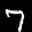
Label: 7